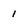
Character: 1